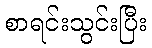
စာရင်းသွင်းပြီး